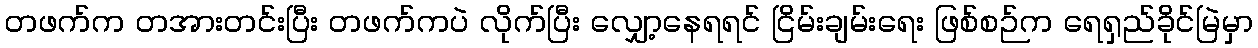
တဖက်က တအားတင်းပြီး တဖက်ကပဲ လိုက်ပြီး လျှော့နေရရင် ငြိမ်းချမ်းရေး ဖြစ်စဉ်က ရေရှည်ခိုင်မြဲမှာ